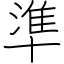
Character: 準